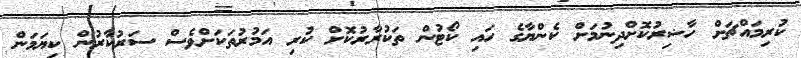
ކުރިމައްޗަށް ހާޟިރުކޮށްދިނުމަށް ކެންޔާގެ ހައި ކޯޓުން ތަކުރާރުކޮށް ކުރި އަމުރުތަކަށްވެސް ސަރުކާރުން ކިޔަމަން